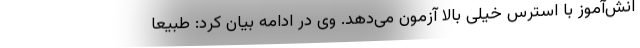
انش‌آموز با استرس خیلی بالا آزمون می‌دهد. وی در ادامه بیان کرد: طبیعا